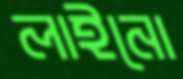
লাইনো